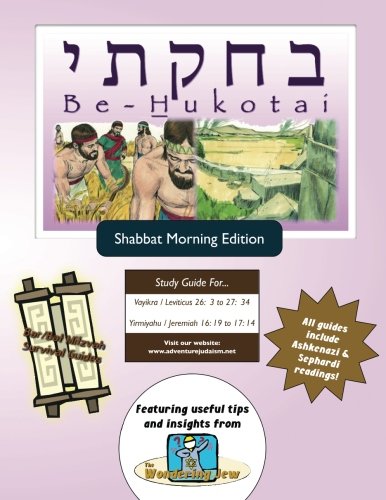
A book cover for Bar/Bat Mitzvah Survival Guides: Be-Hukotai (Shabbat am); Elliott Michaelson MAJS; Religion & Spirituality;